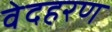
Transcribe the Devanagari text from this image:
वेदहरण